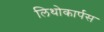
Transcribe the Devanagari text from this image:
लिथोकार्पस